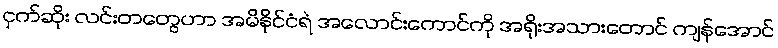
ငှက်ဆိုး လင်းတတွေဟာ အမိနိုင်ငံရဲ အလောင်းကောင်ကို အရိုးအသားတောင် ကျန်အောင်